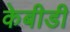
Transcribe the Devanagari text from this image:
केबीडी